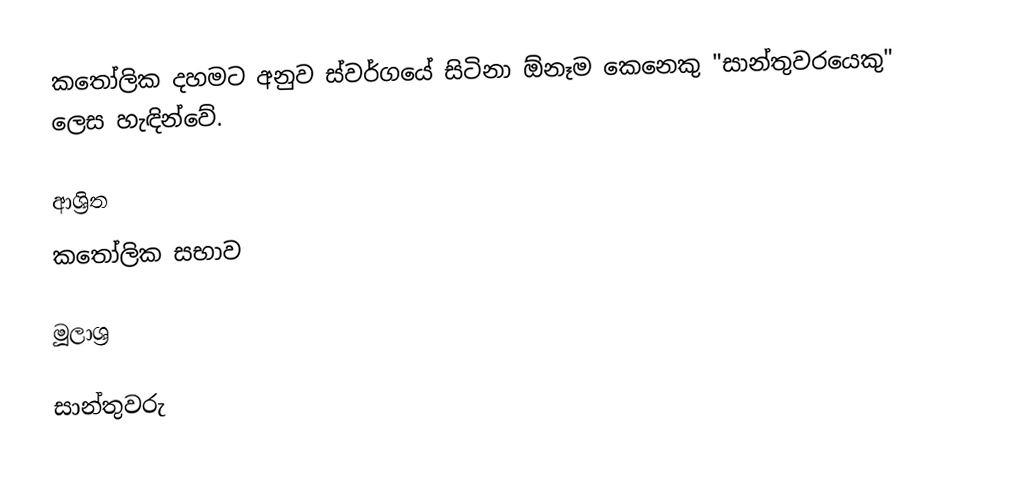
කතෝලික දහමට අනුව ස්වර්ගයේ සිටිනා ඕනෑම කෙනෙකු "සාන්තුවරයෙකු" ලෙස හැඳින්වේ.

ආශ්‍රිත
 කතෝලික සභාව

මූලාශ්‍ර

සාන්තුවරු